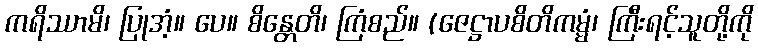
ကရိဿာမိ၊ ပြုအံ့။ ပေ။ စိန္တေတိ၊ ကြံစည်။ (ဇေဋ္ဌာပစိတိကမ္မံ၊ ကြီးရင့်သူတို့ကို